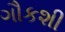
ગૌકશી